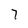
Character: 7